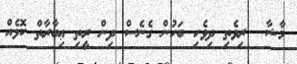
މާޝާ  ރިވެތި ދިވެހި ބަހުން ގެނެސް ދިން ރީތި ޢިބާރާތް ކޮޅެއް